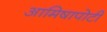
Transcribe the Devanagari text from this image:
आमिषापोटी